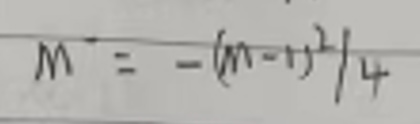
$M^-=-(m - 1)^2/4$